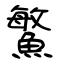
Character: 鰵